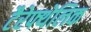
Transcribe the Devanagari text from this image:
टैरेफ्थेलिक